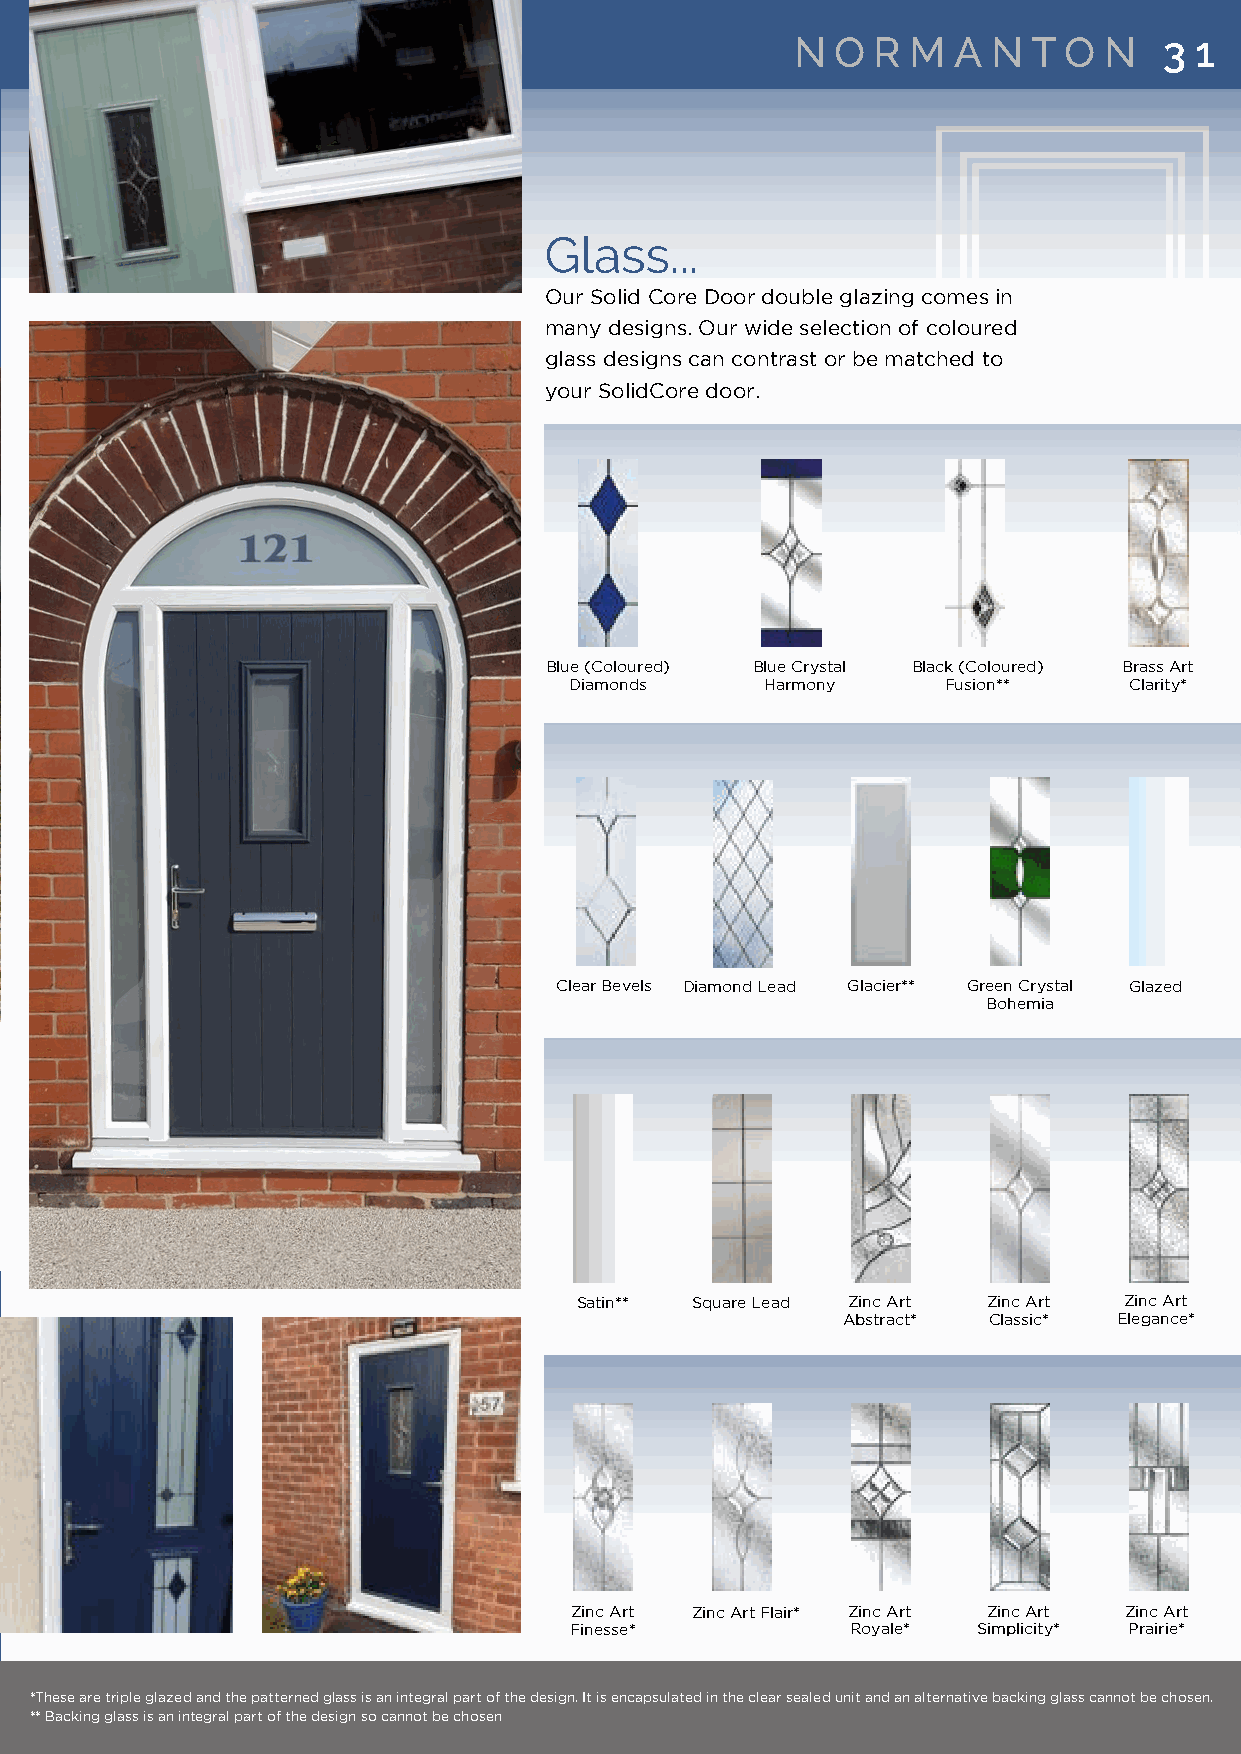
The
 NN OO RR MM AA NN TT OO NN 33 11
 Normanton
 These glazing styles expand the
 designs available in the cottage
 door. From the traditional
 central design to the modern        GGllaassss......
 Normanton Two.
 OOuurr SSoolliidd CCoorree DDoooorr ddoouubbllee ggllaazziinngg ccoommeess iinn
 mmaannyy ddeessiiggnnss.. OOuurr wwiiddee sseelleeccttiioonn ooff ccoolloouurreedd
 Available with the glazing on the
 ggllaassss ddeessiiggnnss ccaann ccoonnttrraasstt oorr bbee mmaattcchheedd ttoo
 handle or hinge side to ensure
 yyoouurr SSoolliiddCCoorree ddoooorr..
 every option is covered.
 BBlluuee ((CCoolloouurreedd)) BBlluuee CCrryyssttaall BBllaacckk ((CCoolloouurreedd)) BBrraassss AArrtt
 DDiiaammoonnddss HHaarrmmoonnyy FFuussiioonn**** CCllaarriittyy**
 CClleeaarr BBeevveellss DDiiaammoonndd LLeeaadd GGllaacciieerr**** GGrreeeenn CCrryyssttaall GGllaazzeedd
 BBoohheemmiiaa
 The Normanton 2 The Normanton
 Hinge
 Styles... Side panels...
 Colours...                            SSaattiinn**** SSqquuaarree LLeeaadd ZZiinncc AArrtt ZZiinncc AArrtt ZZiinncc AArrtt
 AAbbssttrraacctt** CCllaassssiicc** EElleeggaannccee**
 To see the full range of colours available please see page 9
 ZZiinncc AArrtt ZZiinncc AArrtt FFllaaiirr** ZZiinncc AArrtt ZZiinncc AArrtt ZZiinncc AArrtt
 FFiinneessssee**  RRooyyaallee** SSiimmpplliicciittyy** PPrraaiirriiee**
 **TThheessee aarree ttrriippllee ggllaazzeedd aanndd tthhee ppaatttteerrnneedd ggllaassss iiss aann iinntteeggrraall ppaarrtt ooff tthhee ddeessiiggnn.. IItt iiss eennccaappssuullaatteedd iinn tthhee cclleeaarr sseeaalleedd uunniitt aanndd aann aalltteerrnnaattiivvee bbaacckkiinngg ggllaassss ccaannnnoott bbee cchhoosseenn..
 **** BBaacckkiinngg ggllaassss iiss aann iinntteeggrraall ppaarrtt ooff tthhee ddeessiiggnn ssoo ccaannnnoott bbee cchhoosseenn